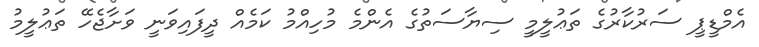
އެމްޑީޕީ ސަރުކާރުގެ ތަޢުލީމީ ސިޔާސަތުގެ އެންމެ މުހިއްމު ކަމެއް ދީފައިވަނީ ވަށާޖެހޭ ތަޢުލީމު